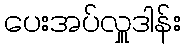
ပေးအပ်လှူဒါန်း